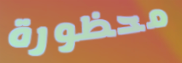
محظورة